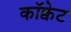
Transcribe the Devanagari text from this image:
कॉक्वेट